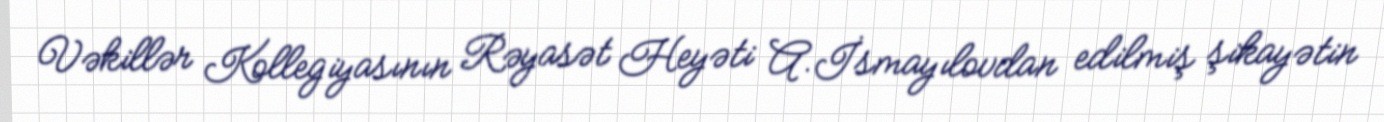
Vəkillər Kollegiyasının Rəyasət Heyəti A.İsmayılovdan edilmiş şikayətin